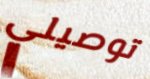
توصيلي